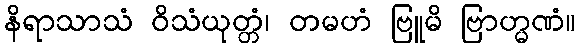
နိရာသာသံ ဝိသံယုတ္တံ၊ တမဟံ ဗြူမိ ဗြာဟ္မဏံ။